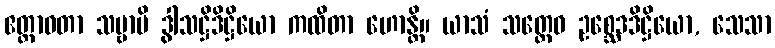
ဧတ္တာဝတာ သဗ္ဗာပိ ဒွါသဋ္ဌိဒိဋ္ဌိယော ကထိတာ ဟောန္တိ။ ယာသံ သတ္တေဝ ဥစ္ဆေဒဒိဋ္ဌိယော, သေသာ